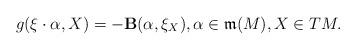
LaTeX: \begin{align*}g(\xi\cdot \alpha,X)=-{\bf B}(\alpha,\xi_X),\alpha\in\mathfrak{m}(M),X\in TM.\end{align*}